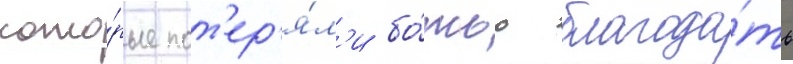
кото́рые пот'ер'я́л'и бо́жью благода́ть